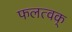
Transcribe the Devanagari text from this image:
फलत्वक्‌